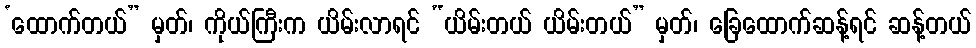
‘ထောက်တယ်” မှတ်၊ ကိုယ်ကြီးက ယိမ်းလာရင် “ယိမ်းတယ် ယိမ်းတယ်” မှတ်၊ ခြေထောက်ဆန့်ရင် ဆန့်တယ်